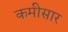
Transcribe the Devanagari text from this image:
कमीसार